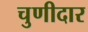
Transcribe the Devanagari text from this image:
चुणीदार